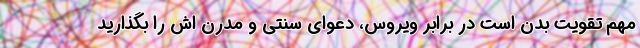
مهم تقویت بدن است در برابر ویروس، دعوای سنتی و مدرن اش را بگذارید